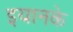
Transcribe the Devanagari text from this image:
इयानके